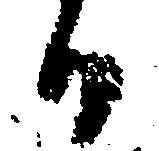
か